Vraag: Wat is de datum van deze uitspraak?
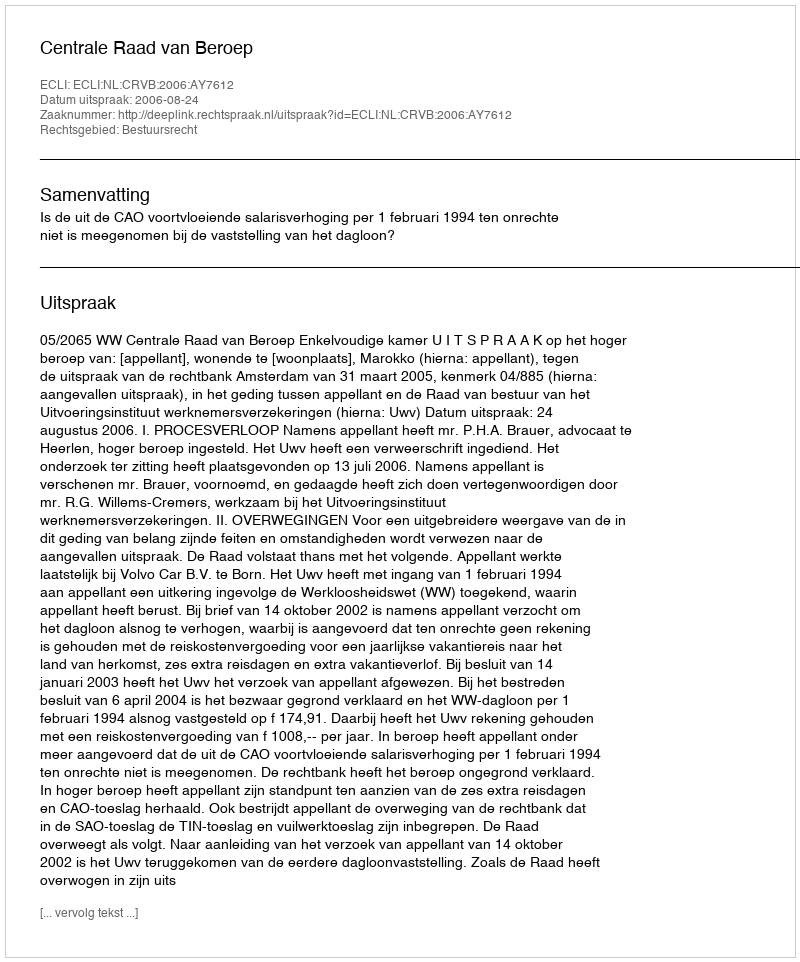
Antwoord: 2006-08-24